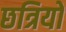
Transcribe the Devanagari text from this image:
छत्रियो